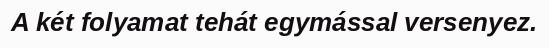
A két folyamat tehát egymással versenyez.